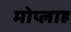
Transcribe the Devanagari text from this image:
मोप्लाह